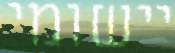
יישומי